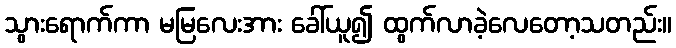
သွားရောက်ကာ မမြလေးအား ခေါ်ယူ၍ ထွက်လာခဲ့လေတော့သတည်း။